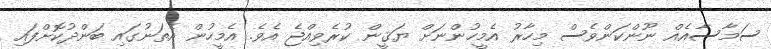
ސަމާސާއެއް ނޫންކަންވެސް މިހާރު އެމީހުންނަށް ޔަޤީން ކުރެވިއްޖެ އެވެ. އެމީހުން އެތަނުގައި ބަންދުކޮށްފައި